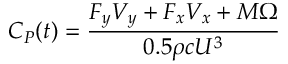
C _ { P } ( t ) = \frac { F _ { y } V _ { y } + F _ { x } V _ { x } + M \Omega } { 0 . 5 \rho c U ^ { 3 } }